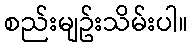
စည်းမျဥ်းသိမ်းပါ။